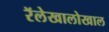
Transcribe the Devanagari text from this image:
रॅलेखालोखाल